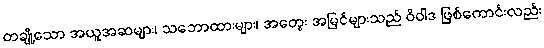
တချို့သော အယူအဆများ၊ သဘောထားများ၊ အတွေး အမြင်များသည် ဝိဝါဒ ဖြစ်ကောင်းလည်း